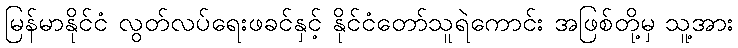
မြန်မာနိုင်ငံ လွတ်လပ်ရေးဖခင်နှင့် နိုင်ငံတော်သူရဲကောင်း အဖြစ်တို့မှ သူ့အား